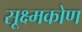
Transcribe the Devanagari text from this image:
सूक्ष्मकोण